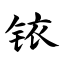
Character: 铱